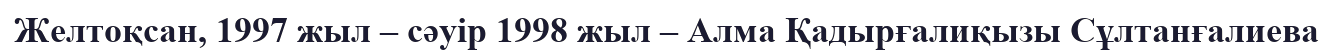
Желтоқсан, 1997 жыл – сәуір 1998 жыл – Алма Қадырғалиқызы Сұлтанғалиева